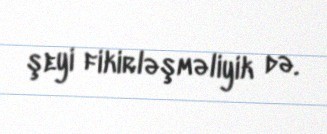
şeyi fikirləşməliyik də.